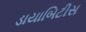
ડાયાબિટીસ